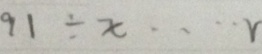
9 1 \div x \cdots r